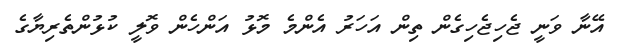
އޭނާ ވަނީ ޖެހިޖެހިގެން ތިން އަހަރު އެންމެ މޮޅު އަންހެން ވޮލީ ކުޅުންތެރިޔާގެ